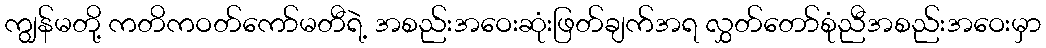
ကျွန်မတို့ ကတိကဝတ်ကော်မတီရဲ့ အစည်းအဝေးဆုံးဖြတ်ချက်အရ လွှတ်တော်စုံညီအစည်းအဝေးမှာ